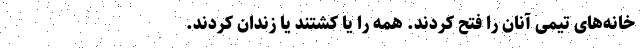
خانه‌های تیمی آنان را فتح کردند. همه را یا کشتند یا زندان کردند.